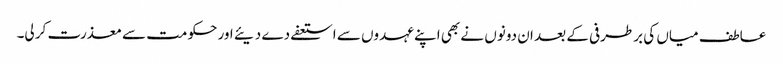
عاطف میاں کی برطرفی کے بعد ان دونوں نے بھی اپنے عہدوں سے استعفے دے دیئے اور حکومت سے معذرت کر لی۔